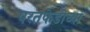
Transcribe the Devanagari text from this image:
परतफेडीच्या